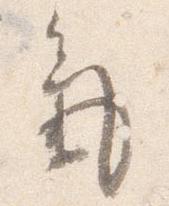
気